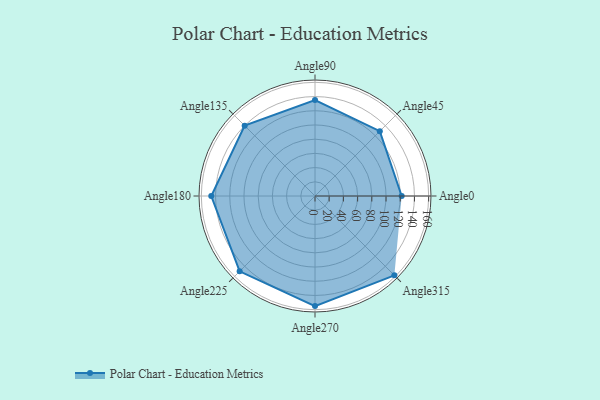
{"axis": {"x": "Angle", "y": "Radius"}, "legend": [""], "data": [{"x": "Angle0", "y": 122.0, "type": ""}, {"x": "Angle45", "y": 129.0, "type": ""}, {"x": "Angle90", "y": 135.0, "type": ""}, {"x": "Angle135", "y": 140.0, "type": ""}, {"x": "Angle180", "y": 146.0, "type": ""}, {"x": "Angle225", "y": 150.0, "type": ""}, {"x": "Angle270", "y": 155.0, "type": ""}, {"x": "Angle315", "y": 158.0, "type": ""}]}